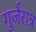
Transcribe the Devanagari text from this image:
गुर्जरात्र